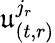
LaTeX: \mathfrak{u}_{(t,r)}^{j_{r}}